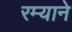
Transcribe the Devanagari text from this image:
रम्याने